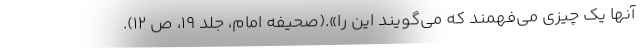
آنها یک چیزی می‌فهمند که می‌گویند این را».(صحیفه امام، جلد 19، ص 12).